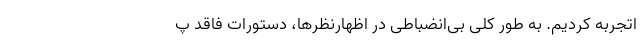
اتجربه کردیم. به طور کلی بی‌انضباطی در اظهارنظرها، دستورات فاقد پ